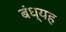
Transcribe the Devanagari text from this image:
बंध्यह